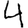
Digit: 4